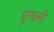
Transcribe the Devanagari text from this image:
धुन्धली